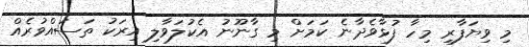
މި ވިޔަފާރި މިހާ ފުޅާވެދާނެ ކަމަށް މި ގާނޫނު އެކުލަވާލި އިރަކު ތަސައްވުރެއް